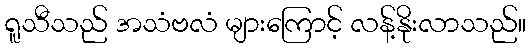
ရူသီသည် အသံဗလံ များကြောင့် လန့်နိုးလာသည်။